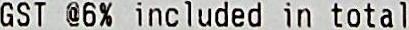
GST @6% INCLUDED IN TOTAL